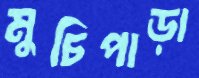
মুচিপাড়া